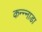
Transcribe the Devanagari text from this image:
कन्न्नाडा